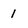
Character: 1